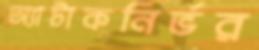
অ্যাটাকনির্ভর